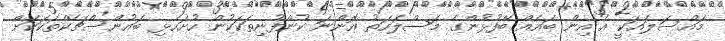
މައްސަލައަކީ އެ އިން ބައެއް ބޭފުޅުންގެ މަސްލަހަތު އޮންނަ ކުންފުނިތަކަކުން ހުށަހެޅި ބައުންސްޗެކްތަކަކަށް